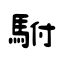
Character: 駙